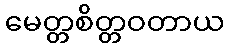
မေတ္တစိတ္တဝတာယ